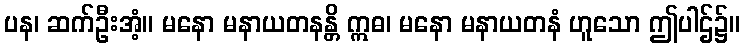
ပန၊ ဆက်ဦးအံ့။ မနော မနာယတနန္တိ ဣဓ၊ မနော မနာယတနံ ဟူသော ဤပါဌ်၌။